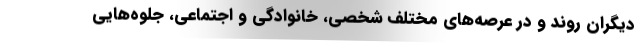
دیگران روند و در عرصه‌های مختلف شخصی، خانوادگی و اجتماعی، جلوه‌هایی